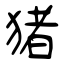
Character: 猪